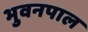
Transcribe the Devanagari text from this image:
भुवनपाल